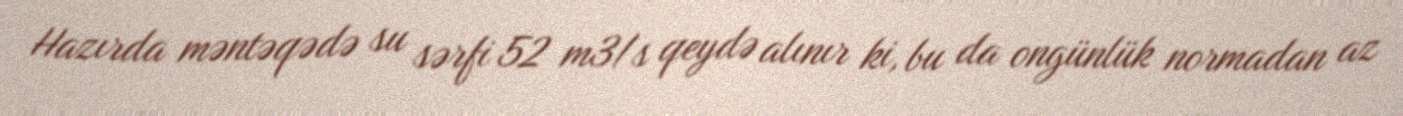
Hazırda məntəqədə su sərfi 52 m3/s qeydə alınır ki, bu da ongünlük normadan az